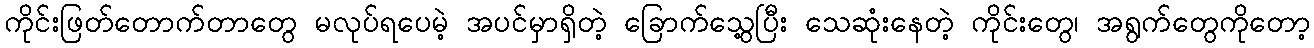
ကိုင်းဖြတ်တောက်တာတွေ မလုပ်ရပေမဲ့ အပင်မှာရှိတဲ့ ခြောက်သွေ့ပြီး သေဆုံးနေတဲ့ ကိုင်းတွေ၊ အရွက်တွေကိုတော့